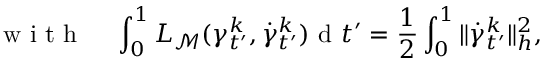
\mathrm { ~ w ~ i ~ t ~ h ~ } \; \; \; \; \int _ { 0 } ^ { 1 } L _ { { \mathcal { M } } } ( \gamma _ { t ^ { \prime } } ^ { k } , \dot { \gamma } _ { t ^ { \prime } } ^ { k } ) \mathrm { ~ d ~ } t ^ { \prime } = \frac { 1 } { 2 } \int _ { 0 } ^ { 1 } \| \dot { \gamma } _ { t ^ { \prime } } ^ { k } \| _ { h } ^ { 2 } ,